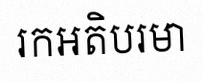
រកអតិបរមា